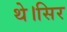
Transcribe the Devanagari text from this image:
थे।सिर